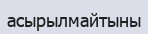
асырылмайтыны